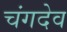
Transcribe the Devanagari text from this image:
चंगदेव